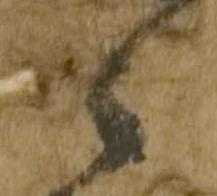
々